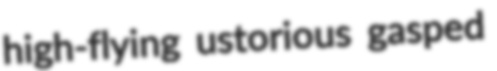
high-flying ustorious gasped